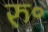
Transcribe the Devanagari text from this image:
रु॰